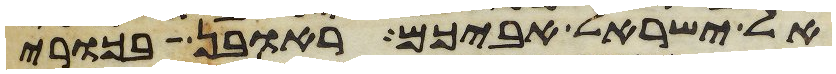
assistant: אל ישראל אביכם ראובן בכורי